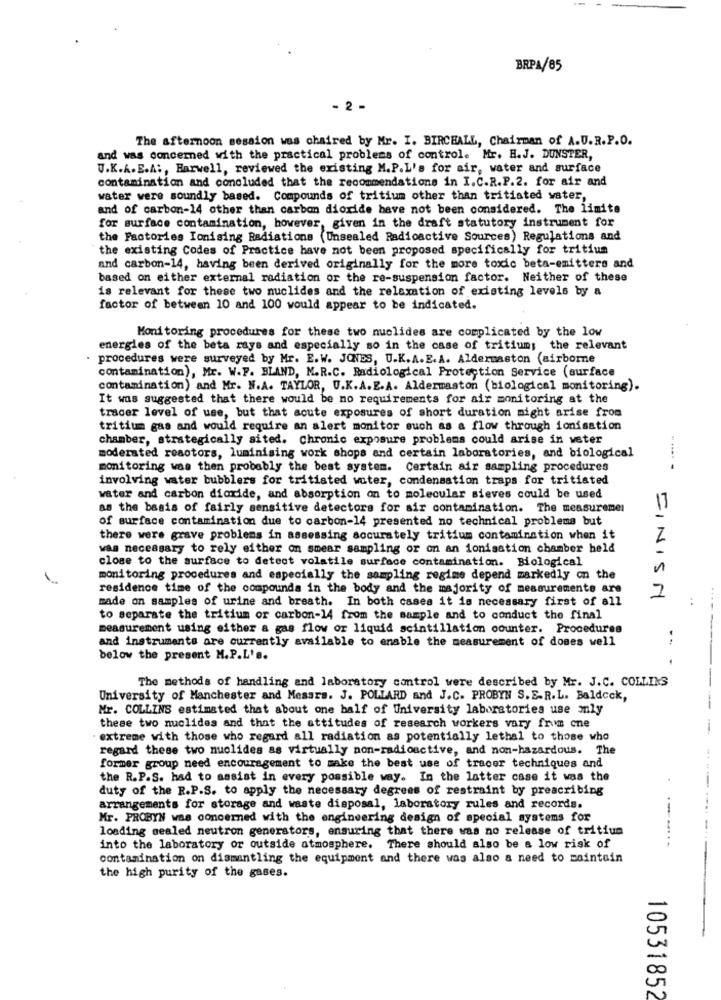
BRPA/85
- 2 -
The afternoon session was chaired by Mr. I. BIRCHALL, Chairman of A.U.R.P.O.
and was concerned with the practical problems of control. Mr. H.J. DUNSTER,
U.K.A. E.A :, Harwell, reviewed the existing M.P.L's for air, water and surface
contamination and concluded that the recommendations in I.C.R.P.2. for air and
water were soundly based. Compounds of tritium other than tritiated water,
and of carbon-14 other than carbon dioxide have not been considered. The limite
for surface contamination, however, given in the draft statutory instrument for
the Factories Ionising Radiations (Unsealed Radioactive Sources) Regulations and
the existing Codes of Practice have not been proposed specifically for tritium
and carbon-14, having been derived originally for the more toxic beta-emitters and
based on either external radiation or the re-suspension factor. Neither of these
is relevant for these two nuclides and the relaxation of existing levels by a
factor of between 10 and 100 would appear to be indicated.
Monitoring procedures for these two nuclides are complicated by the low
energies of the beta rays and especially so in the case of tritium; the relevant
. procedures were surveyed by Mr. E.W. JONES, U.K.A.E. A. Aldermaston (airborne
contamination), Mr. W.F. BLAND, M.R.C. Radiological Protection Service (surface
contamination) and Mr. M.A. TAYLOR, U.K.A.E.A. Alderwaston (biological monitoring).
It was suggested that there would be no requirements for air monitoring at the
tracer level of use, but that acute exposures of short duration might arise from
tritium gas and would require an alert monitor such as a flow through ionisation
chamber, strategically sited. Chronic exposure problems could arise in weter
moderated reactors, luminising work shops and certain laboratories, and biological
monitoring was then probably the best system. Certain air sampling procedures
involving water bubblers for tritisted water, condensation traps for tritiated
water and carbon dioxide, and absorption on to molecular sieves could be used
as the basis of fairly sensitive detectors for air contamination. The measuremen
17
of surface contamination due to carbon-14 presented no technical problems but
there were grave problems in assessing accurately tritium contamination when it
was necessary to rely either on smear sampling or on an ionisation chamber held
close to the surface to detect volatile surface contamination. Biological
monitoring procedures and especially the sampling regime depend markedly on the
residence time of the compounds in the body and the majority of measurements are
2
made on samples of urine and breath. In both cases it is necessary first of all
FINISH
to separate the tritium or carbon-14 from the sample and to conduct the final
measurement using either a gas flow or liquid scintillation counter. Procedures
-
and instruments are currently available to enable the measurement of doses well
below the present M.P.L's.
The methods of handling and laboratory control were described by Mr. J.C. COLLINS
University of Manchester and Messrs. J. POLLARD and J.C. PROBYN S. E.R. L. Baldcck,
Mr. COLLINS estimated that about one half of University laboratories use only
-
these two nuclides and that the attitudes of research workers vary from cne
. extreme with those who regard all radiation as potentially lethal to those who
regard these two nuclides as virtually non-radioactive, and non-hazardous. The
former group need encouragement to make the best use of tracer techniques and
....
the R.P.S. had to assist in every possible way. In the latter case it was the
duty of the R.P.S. to apply the necessary degrees of restraint by prescribing
arrangements for storage and waste disposal, laboratory rules and records.
Mr. PROBYN was concerned with the engineering design of special systems for
loading sealed neutron generators, ensuring that there was no release of tritiun
.-......
into the laboratory or outside atmosphere. There should also be a low risk of
contamination on dismantling the equipment and there was also a need to maintain
the high purity of the gases.
10531852